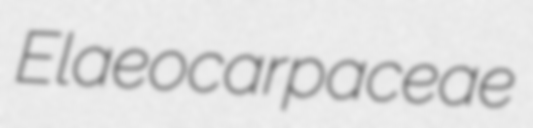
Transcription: Elaeocarpaceae